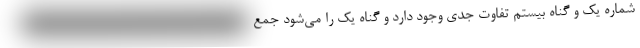
شماره یک و گناه بیستم تفاوت جدی وجود دارد و گناه یک را می‌شود جمع